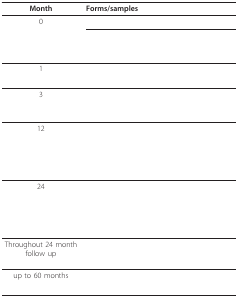
<table><thead><tr><td><b>Month</b></td><td><b>Forms/samples</b></td></tr></thead><tbody><tr><td>0</td><td>[EMPTY_CELL]</td></tr><tr><td>[EMPTY_CELL]</td><td>[EMPTY_CELL]</td></tr><tr><td>[EMPTY_CELL]</td><td>[EMPTY_CELL]</td></tr><tr><td>1</td><td>[EMPTY_CELL]</td></tr><tr><td>[EMPTY_CELL]</td><td>[EMPTY_CELL]</td></tr><tr><td>3</td><td>[EMPTY_CELL]</td></tr><tr><td>[EMPTY_CELL]</td><td>[EMPTY_CELL]</td></tr><tr><td>12</td><td>[EMPTY_CELL]</td></tr><tr><td>[EMPTY_CELL]</td><td>[EMPTY_CELL]</td></tr><tr><td>[EMPTY_CELL]</td><td>[EMPTY_CELL]</td></tr><tr><td>[EMPTY_CELL]</td><td>[EMPTY_CELL]</td></tr><tr><td>24</td><td>[EMPTY_CELL]</td></tr><tr><td>[EMPTY_CELL]</td><td>[EMPTY_CELL]</td></tr><tr><td>[EMPTY_CELL]</td><td>[EMPTY_CELL]</td></tr><tr><td>[EMPTY_CELL]</td><td>[EMPTY_CELL]</td></tr><tr><td>Throughout 24 month follow up</td><td>[EMPTY_CELL]</td></tr><tr><td>up to 60 months</td><td>[EMPTY_CELL]</td></tr><tr><td>[EMPTY_CELL]</td><td>[EMPTY_CELL]</td></tr></tbody></table>